Scottish Certificate of Education, 1962
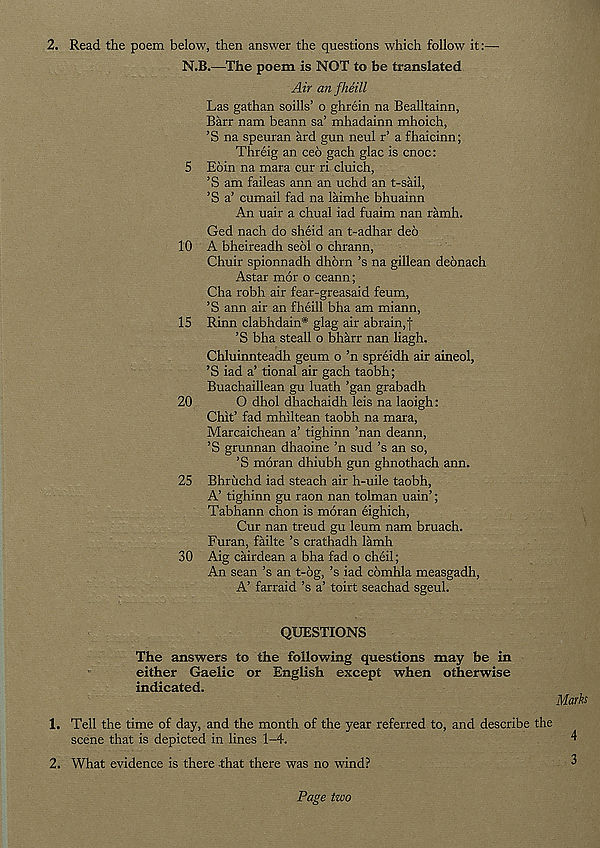
2. Read the poem below, then answer the questions which follow it:—
N.B.—The poem is NOT to be translated
Air an fheill
Las gathan soills’ o ghrein na Bealltainn,
Barr nam beann sa’ mhadainn mhoich,
’S na speuran ard gun neul r’ a fhaicinn;
Threig an ceo gach glac is cnoc:
5 Eoin na mara cur ri cluich,
’S am faileas ann an uchd an t-sail,
’S a’ cumail fad na laimhe bhuainn
An uair a chual iad fuaim nan ramh.
Ged nach do sheid an t-adhar deo
10 A bheireadh seol o chrann,
Chuir spionnadh dhorn’s na gillean deonach
Astar mor o ceann;
Cha robh air fear-greasaid feum,
’S ann air an fheill bha am miann,
15 Rinn clabhdain* glag air abrain,f
’S bha steall o bharr nan liagh.
Chluinnteadh geum o ’n spreidh air aineol,
’S iad a’ tional air gach taobh;
Buachaillean gu luath ’gan grabadh
20
O dhol dhachaidh leis na laoigh:
Chit’ fad mhiltean taobh na mara,
Marcaichean a’ tighinn ’nan deann,
’S grunnan dhaoine ’n sud’s an so,
’S moran dhiubh gun ghnothach ann.
25 Bhriichd iad steach air h-uile taobh,
A’ tighinn gu raon nan tolman uain’;
Tabhann chon is moran eighich,
Cur nan trend gu leum nam bruach.
Furan, failte ’s crathadh lamb.
30 Aig cairdean a bha fad o cheil;
An sean’s an t-6g, ’s iad comhla measgadh,
A’ farraid’s a’ toirt seachad sgeul.
QUESTIONS
The answers to the following questions may be in
either Gaelic or English except when otherwise
indicated.
Marks
1. Tell the time of day, and the month of the year referred to, and describe the
scene that is depicted in lines 1-4.
4
2. What evidence is there that there was no wind?
3
Page two